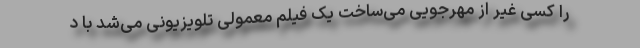
را کسی غیر از مهرجویی می‌ساخت یک فیلم معمولی تلویزیونی می‌شد با د